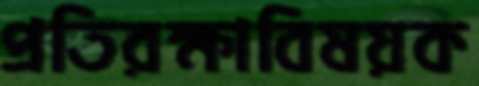
প্রতিরক্ষাবিষয়ক